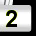
Digit: 2